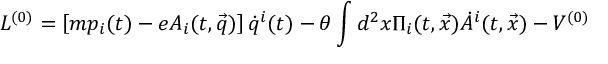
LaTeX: { L } ^ { ( 0 ) } = \left[ m p _ { i } ( t ) - e A _ { i } ( t , \vec { q } ) \right] \dot { q } ^ { i } ( t ) - \theta \int d ^ { 2 } x \Pi _ { i } ( t , \vec { x } ) \dot { A } ^ { i } ( t , \vec { x } ) - V ^ { ( 0 ) }